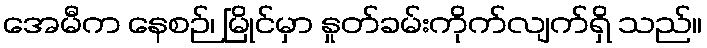
အေမီက နေစဉ်၊ မြိုင်မှာ နှုတ်ခမ်းကိုက်လျက်ရှိ သည်။